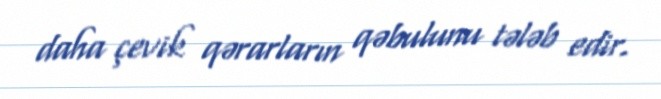
daha çevik qərarların qəbulunu tələb edir.